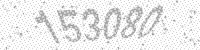
Solution: 153080